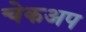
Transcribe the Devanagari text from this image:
चेकअप